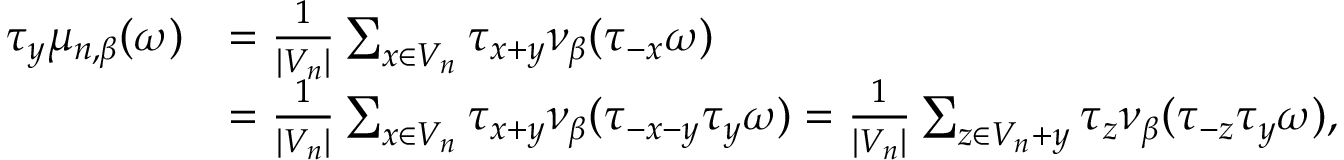
\begin{array} { r l } { \tau _ { y } \mu _ { n , \beta } ( \omega ) } & { = \frac { 1 } { | V _ { n } | } \sum _ { x \in V _ { n } } \tau _ { x + y } \nu _ { \beta } ( \tau _ { - x } \omega ) } \\ & { = \frac { 1 } { | V _ { n } | } \sum _ { x \in V _ { n } } \tau _ { x + y } \nu _ { \beta } ( \tau _ { - x - y } \tau _ { y } \omega ) = \frac { 1 } { | V _ { n } | } \sum _ { z \in V _ { n } + y } \tau _ { z } \nu _ { \beta } ( \tau _ { - z } \tau _ { y } \omega ) , } \end{array}